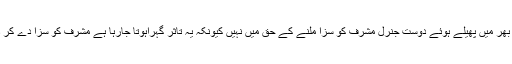
درحقیقت اس وقت پاکستانی سول سوسائٹی کے زیادہ تر حلقے اور لبرل افراد اور ان کے دنیا بھر میں پھیلے ہوئے دوست جنرل مشرف کو سزا ملنے کے حق میں نہیں کیونکہ یہ تاثر گہراہوتا جارہا ہے مشرف کو سزا دے کر دائیں بازو سے تعلق رکھنے والے نواز شریف مضبوط ہو کر سول آمرکا روپ دھار لیں گے۔